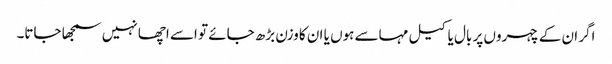
اگر ان کے چہروں پر بال یا کیل مہاسے ہوں یا ان کا وزن بڑھ جائے تو اسے اچھا نہیں سمجھا جاتا۔